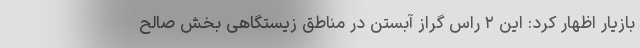
بازیار اظهار کرد: این ۲ راس گراز آبستن در مناطق زیستگاهی بخش صالح